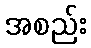
အစည်း